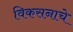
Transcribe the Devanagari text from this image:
विकसनाचे